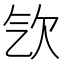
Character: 㰟